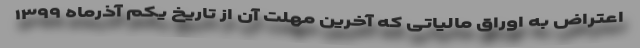
اعتراض به اوراق مالیاتی که آخرین مهلت آن از تاریخ یکم آذرماه ۱۳۹۹